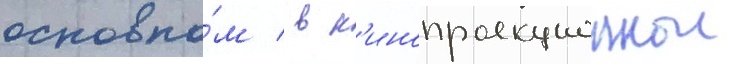
основно́м / в к'инопроекционнои